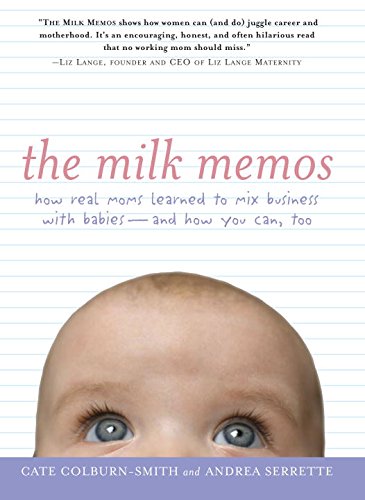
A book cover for The Milk Memos: How Real Moms Learned to Mix Business with Babies-and How You Can, Too; Cate Colburn-Smith; Parenting & Relationships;